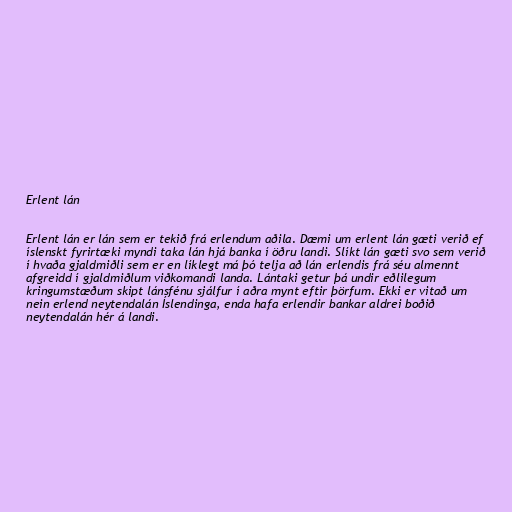
Erlent lán

Erlent lán er lán sem er tekið frá erlendum aðila. Dæmi um erlent lán gæti verið ef
íslenskt fyrirtæki myndi taka lán hjá banka í öðru landi. Slíkt lán gæti svo sem verið
í hvaða gjaldmiðli sem er en líklegt má þó telja að lán erlendis frá séu almennt
afgreidd í gjaldmiðlum viðkomandi landa. Lántaki getur þá undir eðlilegum
kringumstæðum skipt lánsfénu sjálfur í aðra mynt eftir þörfum. Ekki er vitað um
nein erlend neytendalán Íslendinga, enda hafa erlendir bankar aldrei boðið
neytendalán hér á landi.